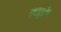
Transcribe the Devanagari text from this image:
वर्णॊं